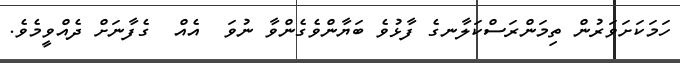
ހަމަކަށަވަރުން ތިމަންރަސްކަލާނގެ ފާޅުވެ ބަޔާންވެގެންވާ ނުވަ  އެއް  ގެފާނަށް ދެއްވީމެވެ.